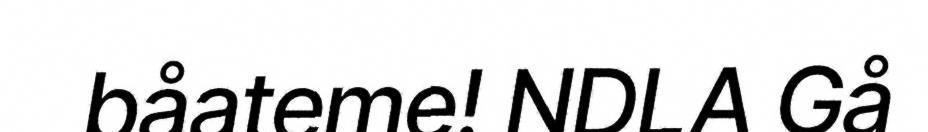
båateme! NDLA Gå